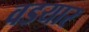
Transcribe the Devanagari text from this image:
वडयार